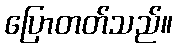
ပြောတတ်သည်။